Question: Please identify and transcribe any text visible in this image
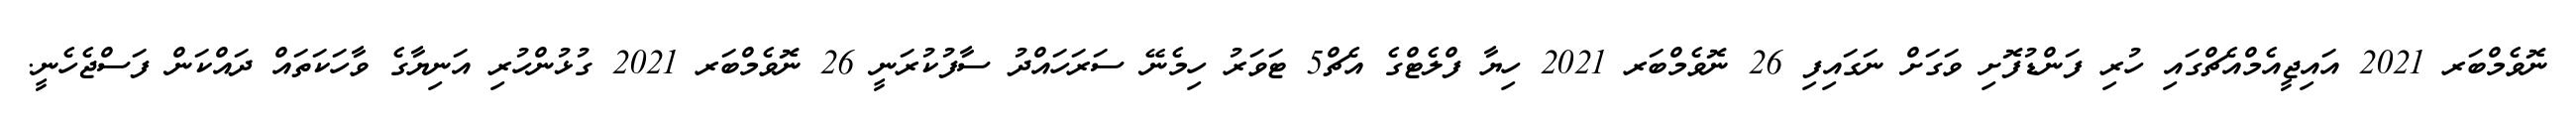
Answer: ނޮވެމްބަރ 2021 އައިޖީއެމްއެޗްގައި ހުރި ފަންޑުފޮށި ވަގަށް ނަގައިފި 26 ނޮވެމްބަރ 2021 ހިޔާ ފްލެޓްގެ އެޗް5 ޓަވަރު ހިމެނޭ ސަރަހައްދު ސާފުކުރަނީ 26 ނޮވެމްބަރ 2021 ގުޅުންހުރި އަނިޔާގެ ވާހަކަތައް ދައްކަން ފަސްޖެހެނީ.